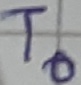
Text: T0